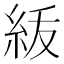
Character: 𥿈